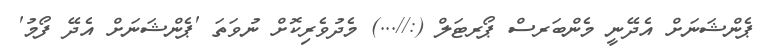
ޕެންޝަނަށް އެދޭނީ މެންބަރސް ޕޯރޓަލް (://...) މެދުވެރިކޮށް ނުވަތަ 'ޕެންޝަނަށް އެދޭ ފޯމު'